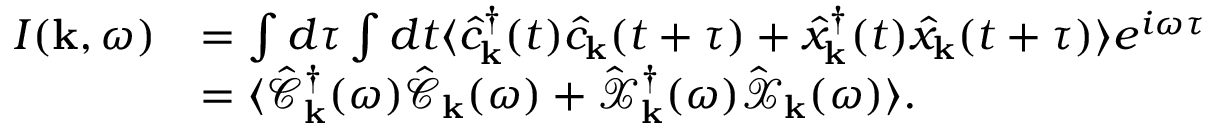
\begin{array} { r l } { I ( { \bf k } , \omega ) } & { = \int d \tau \int d t \langle \hat { c } _ { \bf k } ^ { \dagger } ( t ) \hat { c } _ { \bf k } ( t + \tau ) + \hat { x } _ { \bf k } ^ { \dagger } ( t ) \hat { x } _ { \bf k } ( t + \tau ) \rangle e ^ { i \omega \tau } } \\ & { = \langle \hat { \mathcal { C } } _ { \bf k } ^ { \dagger } ( \omega ) \hat { \mathcal { C } } _ { \bf k } ( \omega ) + \hat { \mathcal { X } } _ { \bf k } ^ { \dagger } ( \omega ) \hat { \mathcal { X } } _ { \bf k } ( \omega ) \rangle . } \end{array}